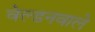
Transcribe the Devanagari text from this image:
वेल्डनवाले